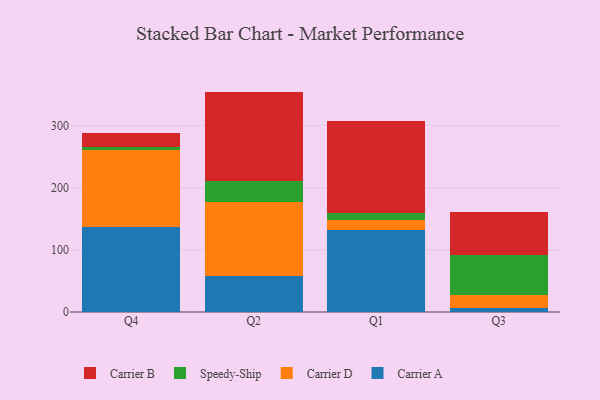
{"axis": {"x": "Quarter", "y": "Production Output"}, "legend": ["Carrier A", "Carrier B", "Carrier D", "Speedy-Ship"], "data": [{"x": "Q4", "y": 136.1, "type": "Carrier A"}, {"x": "Q4", "y": 123.7, "type": "Carrier D"}, {"x": "Q4", "y": 5.5, "type": "Speedy-Ship"}, {"x": "Q4", "y": 23.3, "type": "Carrier B"}, {"x": "Q2", "y": 58.1, "type": "Carrier A"}, {"x": "Q2", "y": 118.2, "type": "Carrier D"}, {"x": "Q2", "y": 33.9, "type": "Speedy-Ship"}, {"x": "Q2", "y": 144.3, "type": "Carrier B"}, {"x": "Q1", "y": 132.1, "type": "Carrier A"}, {"x": "Q1", "y": 15.9, "type": "Carrier D"}, {"x": "Q1", "y": 11.5, "type": "Speedy-Ship"}, {"x": "Q1", "y": 147.8, "type": "Carrier B"}, {"x": "Q3", "y": 6.0, "type": "Carrier A"}, {"x": "Q3", "y": 21.6, "type": "Carrier D"}, {"x": "Q3", "y": 63.7, "type": "Speedy-Ship"}, {"x": "Q3", "y": 69.2, "type": "Carrier B"}]}